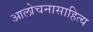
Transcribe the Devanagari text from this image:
आलोचनासाहित्य